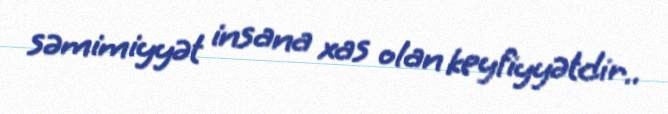
səmimiyyət insana xas olan keyfiyyətdir..